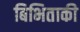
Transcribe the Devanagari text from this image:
बिभिताकी